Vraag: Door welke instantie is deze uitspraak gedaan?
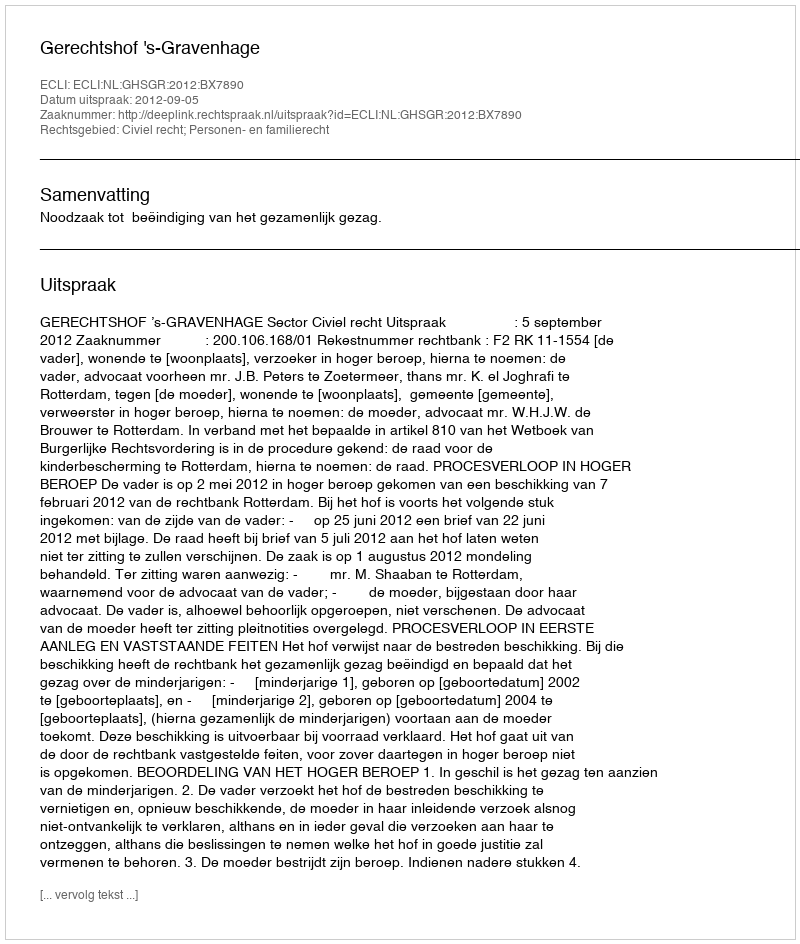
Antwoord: Gerechtshof 's-Gravenhage